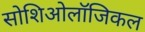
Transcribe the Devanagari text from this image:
सोशिओलॉजिकल